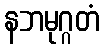
နဘမုဂ္ဂတံ